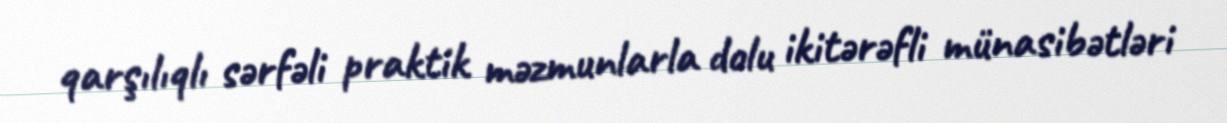
qarşılıqlı sərfəli praktik məzmunlarla dolu ikitərəfli münasibətləri